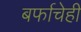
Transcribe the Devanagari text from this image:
बर्फाचेही